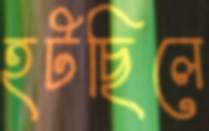
হটছিলে